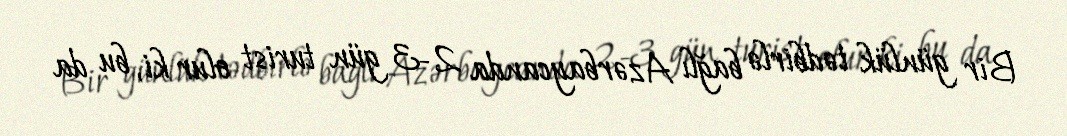
Bir günlük tədbirlə bağlı Azərbaycanda 2-3 gün turist olur ki, bu da